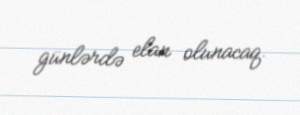
günlərdə elan olunacaq.